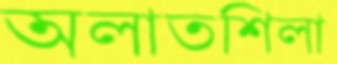
অলাতশিলা